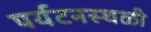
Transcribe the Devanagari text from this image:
पर्यटनस्थळी